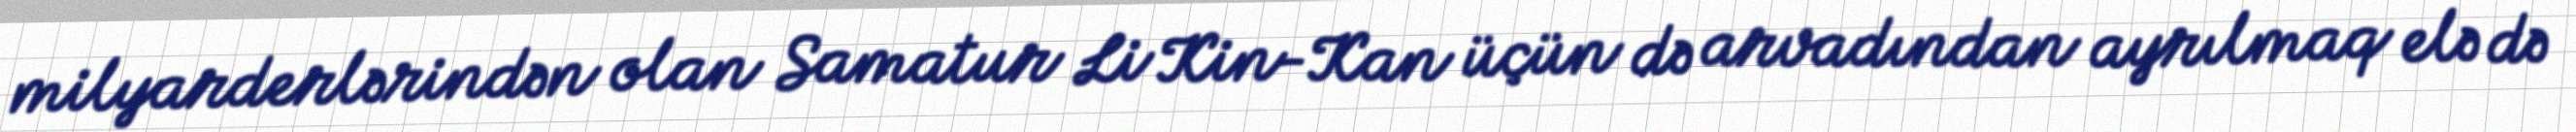
milyarderlərindən olan Samatur Li Kin-Kan üçün də arvadından ayrılmaq elə də